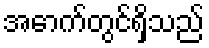
အောက်တွင်ရှိသည်